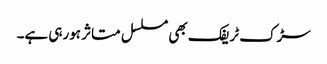
سڑک ٹریفک بھی مسلسل متاثر ہورہی ہے۔